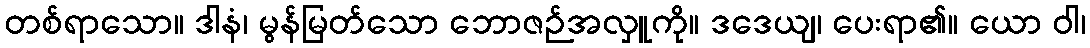
တစ်ရာသော။ ဒါနံ၊ မွန်မြတ်သော ဘောဇဉ်အလှူကို။ ဒဒေယျ၊ ပေးရာ၏။ ယော ဝါ၊